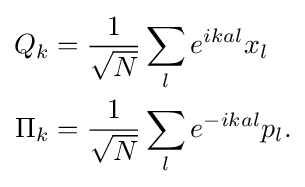
{\begin{aligned}Q_{k}&={\frac {1}{\sqrt {N}}}\sum _{l}e^{ikal}x_{l}\\\Pi _{k}&={\frac {1}{\sqrt {N}}}\sum _{l}e^{-ikal}p_{l}.\end{aligned}}